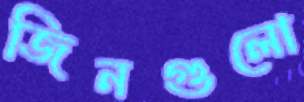
জিনগুলো